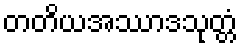
တတိယအဿာဒသုတ္တံ